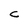
Character: C